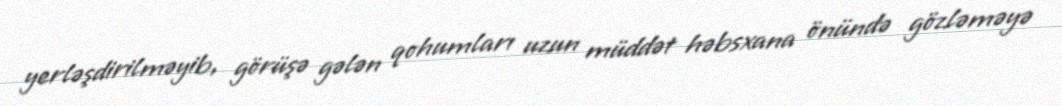
yerləşdirilməyib, görüşə gələn qohumları uzun müddət həbsxana önündə gözləməyə